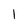
Character: l